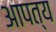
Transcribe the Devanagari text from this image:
आपत्य